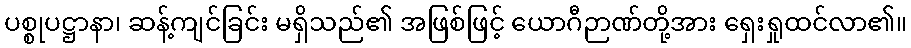
ပစ္စုပဋ္ဌာနာ၊ ဆန့်ကျင်ခြင်း မရှိသည်၏ အဖြစ်ဖြင့် ယောဂီဉာဏ်တို့အား ရှေးရှုထင်လာ၏။